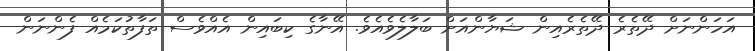
އަހަންނަށް ދޭތެރެ ދޭތެރެއިން ޝަޔާންއަށް ބަލާލެވެއެވެ. އޭނާގެ ކިބައިން އެއްވެސް ތަފާތުކަމެއް ފެންނަން